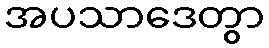
အပသာဒေတွာ